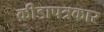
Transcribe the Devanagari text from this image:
क्रीडापत्रकार